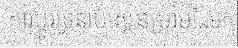
ការប្តូរទ្រនាប់ស្កេនម្រាមដៃមក